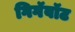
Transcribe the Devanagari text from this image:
गिगॅवॉट